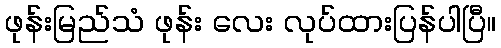
ဖုန်းမြည်သံ ဖုန်း လေး လုပ်ထားပြန်ပါပြီ။